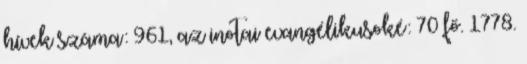
hívek száma: 961, az inotai evangélikusoké: 70 fő. 1778.